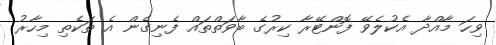
ވިހަ މާއްދާ އެކުލެވޭ ފޮންޓޭރާ ކިރުގެ ބާވަތްތައް ފެނިގެން އެ ތަކެތި މިހާރު